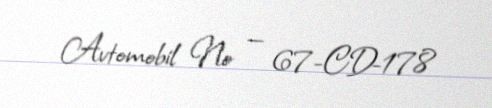
Avtomobil № — 67-CD-178